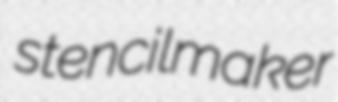
stencilmaker